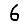
Digit: 6